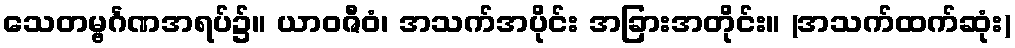
သေတမ္ဗင်္ဂဏအရပ်၌။ ယာဝဇီဝံ၊ အသက်အပိုင်း အခြားအတိုင်း။ (အသက်ထက်ဆုံး)